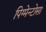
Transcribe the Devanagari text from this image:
पिग्मेन्टोसा